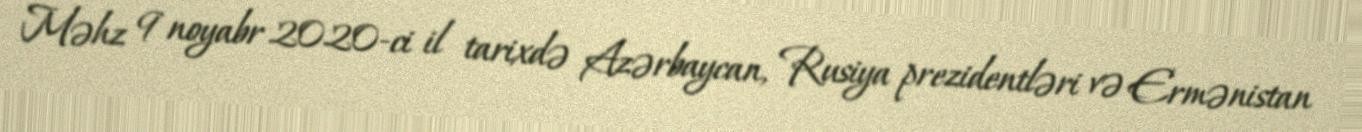
Məhz 9 noyabr 2020-ci il tarixdə Azərbaycan, Rusiya prezidentləri və Ermənistan